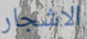
الاشجار